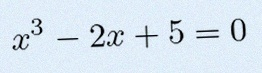
x^3-2x+5=0